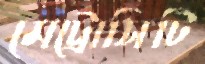
মেট্রোসিটি